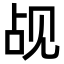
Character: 觇